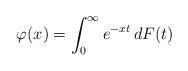
LaTeX: \begin{align*}\varphi(x) &= \int_0^\infty e^{-x t}\,dF(t) \end{align*}